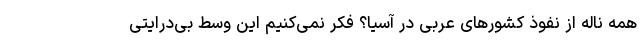
همه ناله از نفوذ کشورهای عربی در آسیا؟ فکر نمی‌کنیم این وسط بی‌درایتی